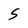
Character: S